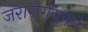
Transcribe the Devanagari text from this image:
जरारोगयुक्तो